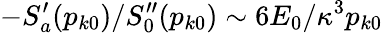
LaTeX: -S_{a}^{\prime}(p_{k0})/S_{0}^{\prime\prime}(p_{k0})\sim 6E_{0}/\kappa^{3}p_{k0}